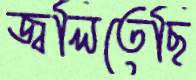
জ্বলিতেছি